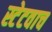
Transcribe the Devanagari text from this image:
स्टेटवाच